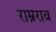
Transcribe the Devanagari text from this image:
राम्रराव